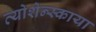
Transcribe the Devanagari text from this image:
व्योशेन्स्काया